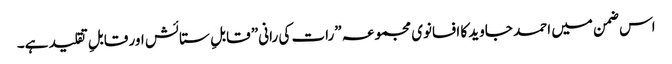
اس ضمن میں احمد جاوید کا افسانوی مجموعہ ”رات کی رانی” قابلِ ستائش اور قابلِ تقلید ہے۔